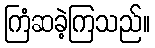
ကြံဆခဲ့ကြသည်။